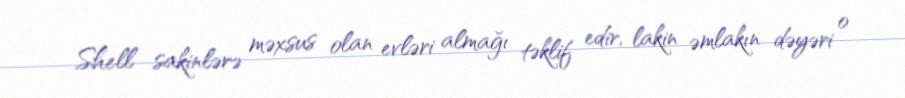
Shell sakinlərə məxsus olan evləri almağı təklif edir, lakin əmlakın dəyəri o